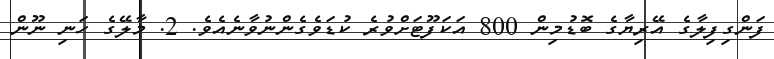
ފަންގިފިލާގެ އޭރިޔާގެ ބޮޑުމިން 800 އަކަފޫޓަށްވުރެ ކުޑަވެގެންނުވާނެއެވެ. 2. މާލޭގެ ހަނި ނޫން